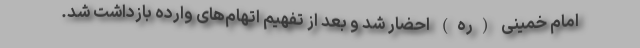
امام خمینی (ره) احضار شد و بعد از تفهیم اتهام‌های وارده بازداشت شد.